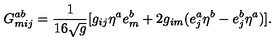
G _ { m i j } ^ { a b } = \frac { 1 } { 1 6 \sqrt { g } } [ g _ { i j } \eta ^ { a } e _ { m } ^ { b } + 2 g _ { i m } ( e _ { j } ^ { a } \eta ^ { b } - e _ { j } ^ { b } \eta ^ { a } ) ] .